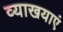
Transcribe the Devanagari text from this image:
व्याखयाएं